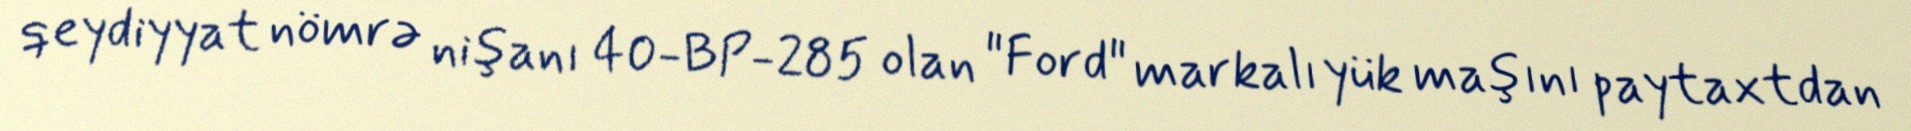
qeydiyyat nömrə nişanı 40-BP-285 olan "Ford" markalı yük maşını paytaxtdan